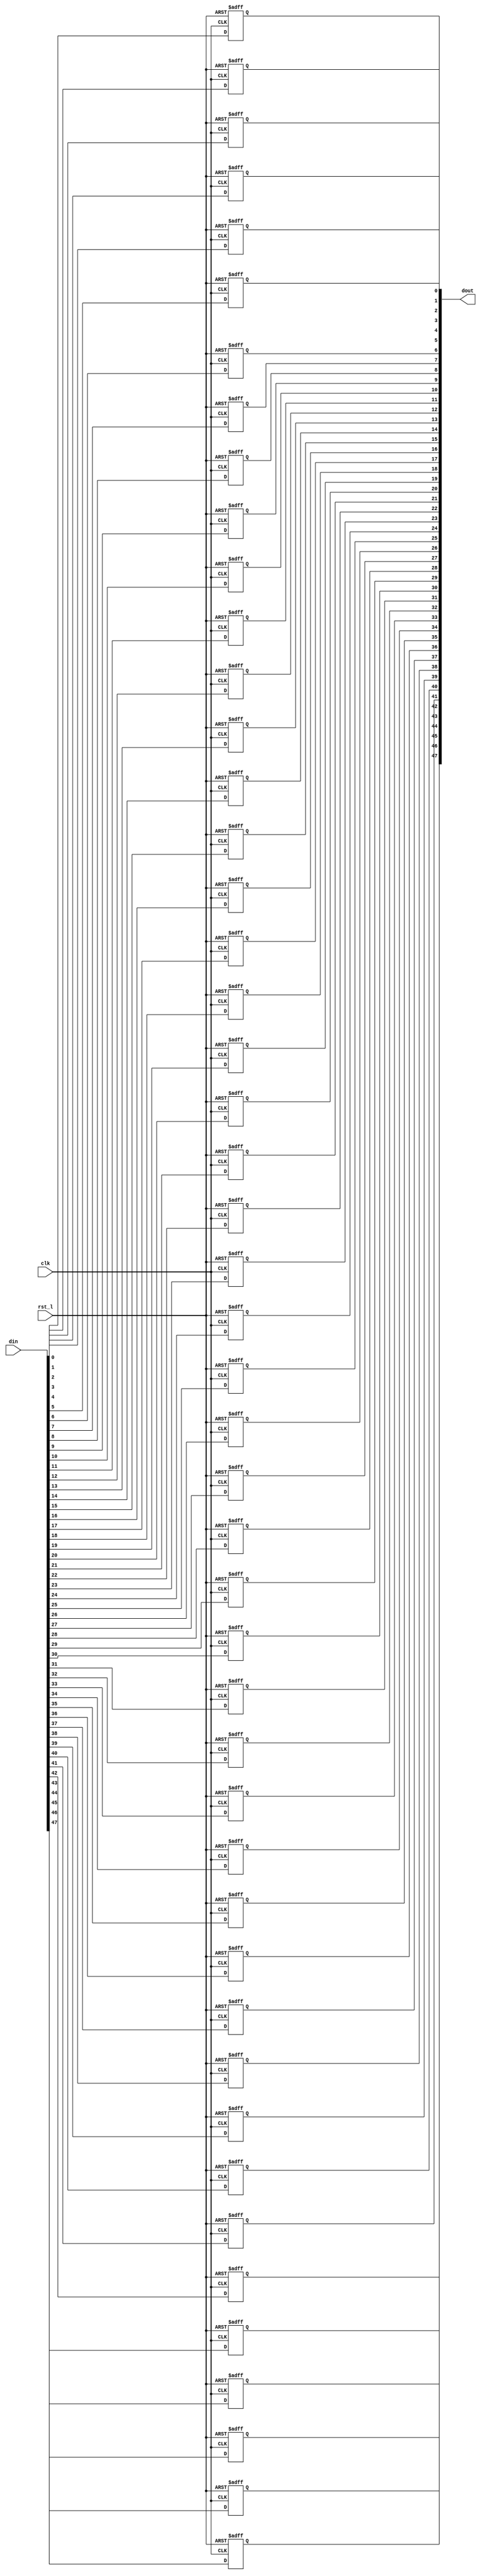
// This program was cloned from: https://github.com/NYU-MLDA/OpenABC
// License: BSD 3-Clause "New" or "Revised" License

module rvdff_WIDTH48
(
  din,
  clk,
  rst_l,
  dout
);

  input [47:0] din;
  output [47:0] dout;
  input clk;
  input rst_l;
  wire N0;
  reg [47:0] dout;

  always @(posedge clk or posedge N0) begin
    if(N0) begin
      dout[47] <= 1'b0;
    end else if(1'b1) begin
      dout[47] <= din[47];
    end
  end


  always @(posedge clk or posedge N0) begin
    if(N0) begin
      dout[46] <= 1'b0;
    end else if(1'b1) begin
      dout[46] <= din[46];
    end
  end


  always @(posedge clk or posedge N0) begin
    if(N0) begin
      dout[45] <= 1'b0;
    end else if(1'b1) begin
      dout[45] <= din[45];
    end
  end


  always @(posedge clk or posedge N0) begin
    if(N0) begin
      dout[44] <= 1'b0;
    end else if(1'b1) begin
      dout[44] <= din[44];
    end
  end


  always @(posedge clk or posedge N0) begin
    if(N0) begin
      dout[43] <= 1'b0;
    end else if(1'b1) begin
      dout[43] <= din[43];
    end
  end


  always @(posedge clk or posedge N0) begin
    if(N0) begin
      dout[42] <= 1'b0;
    end else if(1'b1) begin
      dout[42] <= din[42];
    end
  end


  always @(posedge clk or posedge N0) begin
    if(N0) begin
      dout[41] <= 1'b0;
    end else if(1'b1) begin
      dout[41] <= din[41];
    end
  end


  always @(posedge clk or posedge N0) begin
    if(N0) begin
      dout[40] <= 1'b0;
    end else if(1'b1) begin
      dout[40] <= din[40];
    end
  end


  always @(posedge clk or posedge N0) begin
    if(N0) begin
      dout[39] <= 1'b0;
    end else if(1'b1) begin
      dout[39] <= din[39];
    end
  end


  always @(posedge clk or posedge N0) begin
    if(N0) begin
      dout[38] <= 1'b0;
    end else if(1'b1) begin
      dout[38] <= din[38];
    end
  end


  always @(posedge clk or posedge N0) begin
    if(N0) begin
      dout[37] <= 1'b0;
    end else if(1'b1) begin
      dout[37] <= din[37];
    end
  end


  always @(posedge clk or posedge N0) begin
    if(N0) begin
      dout[36] <= 1'b0;
    end else if(1'b1) begin
      dout[36] <= din[36];
    end
  end


  always @(posedge clk or posedge N0) begin
    if(N0) begin
      dout[35] <= 1'b0;
    end else if(1'b1) begin
      dout[35] <= din[35];
    end
  end


  always @(posedge clk or posedge N0) begin
    if(N0) begin
      dout[34] <= 1'b0;
    end else if(1'b1) begin
      dout[34] <= din[34];
    end
  end


  always @(posedge clk or posedge N0) begin
    if(N0) begin
      dout[33] <= 1'b0;
    end else if(1'b1) begin
      dout[33] <= din[33];
    end
  end


  always @(posedge clk or posedge N0) begin
    if(N0) begin
      dout[32] <= 1'b0;
    end else if(1'b1) begin
      dout[32] <= din[32];
    end
  end


  always @(posedge clk or posedge N0) begin
    if(N0) begin
      dout[31] <= 1'b0;
    end else if(1'b1) begin
      dout[31] <= din[31];
    end
  end


  always @(posedge clk or posedge N0) begin
    if(N0) begin
      dout[30] <= 1'b0;
    end else if(1'b1) begin
      dout[30] <= din[30];
    end
  end


  always @(posedge clk or posedge N0) begin
    if(N0) begin
      dout[29] <= 1'b0;
    end else if(1'b1) begin
      dout[29] <= din[29];
    end
  end


  always @(posedge clk or posedge N0) begin
    if(N0) begin
      dout[28] <= 1'b0;
    end else if(1'b1) begin
      dout[28] <= din[28];
    end
  end


  always @(posedge clk or posedge N0) begin
    if(N0) begin
      dout[27] <= 1'b0;
    end else if(1'b1) begin
      dout[27] <= din[27];
    end
  end


  always @(posedge clk or posedge N0) begin
    if(N0) begin
      dout[26] <= 1'b0;
    end else if(1'b1) begin
      dout[26] <= din[26];
    end
  end


  always @(posedge clk or posedge N0) begin
    if(N0) begin
      dout[25] <= 1'b0;
    end else if(1'b1) begin
      dout[25] <= din[25];
    end
  end


  always @(posedge clk or posedge N0) begin
    if(N0) begin
      dout[24] <= 1'b0;
    end else if(1'b1) begin
      dout[24] <= din[24];
    end
  end


  always @(posedge clk or posedge N0) begin
    if(N0) begin
      dout[23] <= 1'b0;
    end else if(1'b1) begin
      dout[23] <= din[23];
    end
  end


  always @(posedge clk or posedge N0) begin
    if(N0) begin
      dout[22] <= 1'b0;
    end else if(1'b1) begin
      dout[22] <= din[22];
    end
  end


  always @(posedge clk or posedge N0) begin
    if(N0) begin
      dout[21] <= 1'b0;
    end else if(1'b1) begin
      dout[21] <= din[21];
    end
  end


  always @(posedge clk or posedge N0) begin
    if(N0) begin
      dout[20] <= 1'b0;
    end else if(1'b1) begin
      dout[20] <= din[20];
    end
  end


  always @(posedge clk or posedge N0) begin
    if(N0) begin
      dout[19] <= 1'b0;
    end else if(1'b1) begin
      dout[19] <= din[19];
    end
  end


  always @(posedge clk or posedge N0) begin
    if(N0) begin
      dout[18] <= 1'b0;
    end else if(1'b1) begin
      dout[18] <= din[18];
    end
  end


  always @(posedge clk or posedge N0) begin
    if(N0) begin
      dout[17] <= 1'b0;
    end else if(1'b1) begin
      dout[17] <= din[17];
    end
  end


  always @(posedge clk or posedge N0) begin
    if(N0) begin
      dout[16] <= 1'b0;
    end else if(1'b1) begin
      dout[16] <= din[16];
    end
  end


  always @(posedge clk or posedge N0) begin
    if(N0) begin
      dout[15] <= 1'b0;
    end else if(1'b1) begin
      dout[15] <= din[15];
    end
  end


  always @(posedge clk or posedge N0) begin
    if(N0) begin
      dout[14] <= 1'b0;
    end else if(1'b1) begin
      dout[14] <= din[14];
    end
  end


  always @(posedge clk or posedge N0) begin
    if(N0) begin
      dout[13] <= 1'b0;
    end else if(1'b1) begin
      dout[13] <= din[13];
    end
  end


  always @(posedge clk or posedge N0) begin
    if(N0) begin
      dout[12] <= 1'b0;
    end else if(1'b1) begin
      dout[12] <= din[12];
    end
  end


  always @(posedge clk or posedge N0) begin
    if(N0) begin
      dout[11] <= 1'b0;
    end else if(1'b1) begin
      dout[11] <= din[11];
    end
  end


  always @(posedge clk or posedge N0) begin
    if(N0) begin
      dout[10] <= 1'b0;
    end else if(1'b1) begin
      dout[10] <= din[10];
    end
  end


  always @(posedge clk or posedge N0) begin
    if(N0) begin
      dout[9] <= 1'b0;
    end else if(1'b1) begin
      dout[9] <= din[9];
    end
  end


  always @(posedge clk or posedge N0) begin
    if(N0) begin
      dout[8] <= 1'b0;
    end else if(1'b1) begin
      dout[8] <= din[8];
    end
  end


  always @(posedge clk or posedge N0) begin
    if(N0) begin
      dout[7] <= 1'b0;
    end else if(1'b1) begin
      dout[7] <= din[7];
    end
  end


  always @(posedge clk or posedge N0) begin
    if(N0) begin
      dout[6] <= 1'b0;
    end else if(1'b1) begin
      dout[6] <= din[6];
    end
  end


  always @(posedge clk or posedge N0) begin
    if(N0) begin
      dout[5] <= 1'b0;
    end else if(1'b1) begin
      dout[5] <= din[5];
    end
  end


  always @(posedge clk or posedge N0) begin
    if(N0) begin
      dout[4] <= 1'b0;
    end else if(1'b1) begin
      dout[4] <= din[4];
    end
  end


  always @(posedge clk or posedge N0) begin
    if(N0) begin
      dout[3] <= 1'b0;
    end else if(1'b1) begin
      dout[3] <= din[3];
    end
  end


  always @(posedge clk or posedge N0) begin
    if(N0) begin
      dout[2] <= 1'b0;
    end else if(1'b1) begin
      dout[2] <= din[2];
    end
  end


  always @(posedge clk or posedge N0) begin
    if(N0) begin
      dout[1] <= 1'b0;
    end else if(1'b1) begin
      dout[1] <= din[1];
    end
  end


  always @(posedge clk or posedge N0) begin
    if(N0) begin
      dout[0] <= 1'b0;
    end else if(1'b1) begin
      dout[0] <= din[0];
    end
  end

  assign N0 = ~rst_l;

endmodule